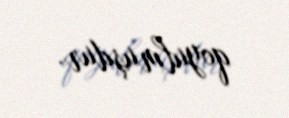
qoyulmuşdur.